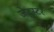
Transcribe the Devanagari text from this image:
जेट्स्टर